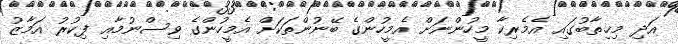
އަދި މިޚިތާބުގައި އެމެރިކާ މީހުންނަށް އެމީހުންގެ ބޭނުންތަކަށް އެމީހުންގެ ވިސްނުމާއި ފިކުރު އަމާޒު